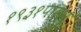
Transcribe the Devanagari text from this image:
१९३१पासून